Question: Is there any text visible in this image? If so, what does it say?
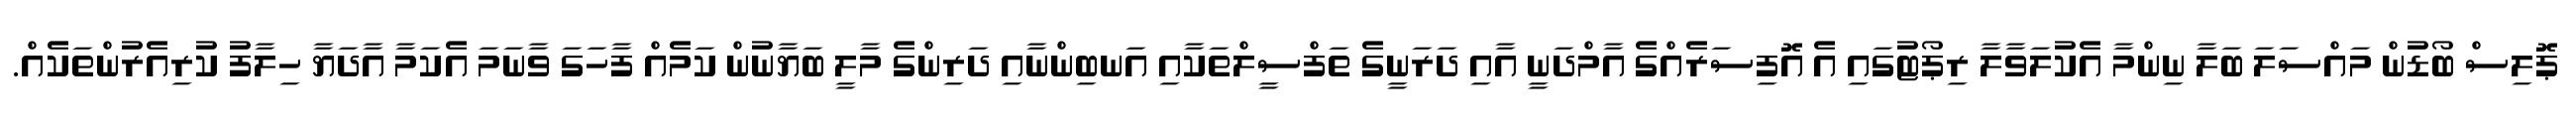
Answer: ޕޮލިސް ބޯޑުން މައްސަލަ ބަލާ ނިންމާ އެކުލަވާލާ ރިޕޯޓުގައި އެ އޮފިސަރެއްގެ އާމްދަނީ އާއި ދަރަނީގެ ތަފްސީލްތަކާއި އަނބިންނާއި ދަރިންގެ މާލީ ބަޔާނުން ކަމެއް ފާހަގަ ވާނަމަ އެކަމާ އާދަޔާ ހިލާފު ކުރިއެރުންތަކެއް.